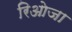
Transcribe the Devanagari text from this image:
रिओजा